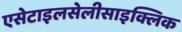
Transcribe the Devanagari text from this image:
एसेटाइलसेलीसाइक्लिक